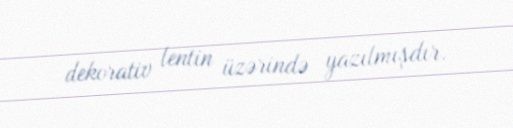
dekorativ lentin üzərində yazılmışdır.